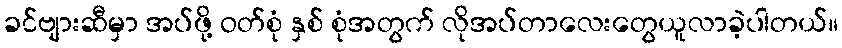
ခင်ဗျားဆီမှာ အပ်ဖို့ ဝတ်စုံ နှစ် စုံအတွက် လိုအပ်တာလေးတွေယူလာခဲ့ပါတယ်။